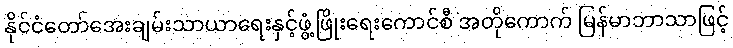
နိုင်ငံတော်အေးချမ်းသာယာရေးနှင့်ဖွံ့ဖြိုးရေးကောင်စီ အတိုကောက် မြန်မာဘာသာဖြင့်